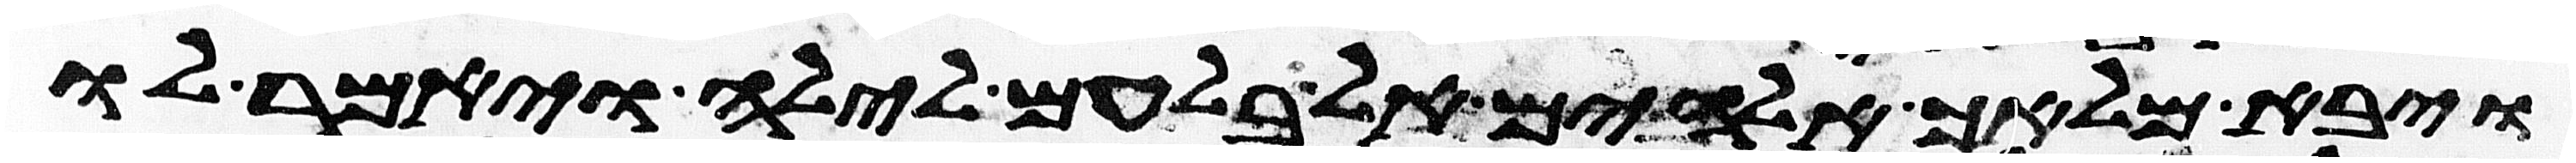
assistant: ויבא מלאך אלהים אל בלעם לילה ויאמר לו